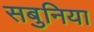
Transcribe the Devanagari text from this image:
सबुनिया